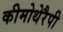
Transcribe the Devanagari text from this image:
कीमोथेरैपी